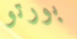
بورتو